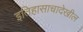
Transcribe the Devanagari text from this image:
इतिहासाचादेखील